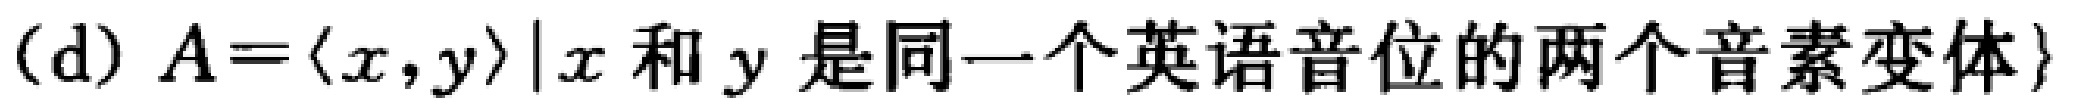
(d) \(A = \{ \langle x,y\rangle\mid x\text{ 和 }y\text{ 是同一个英语音位的两个音素变体}\}\)